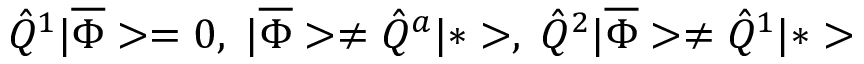
\hat { Q } ^ { 1 } | \overline { { \Phi } } > = 0 , \; | \overline { { \Phi } } > \neq \hat { Q } ^ { a } | * > , \; \hat { Q } ^ { 2 } | \overline { { \Phi } } > \neq \hat { Q } ^ { 1 } | * >